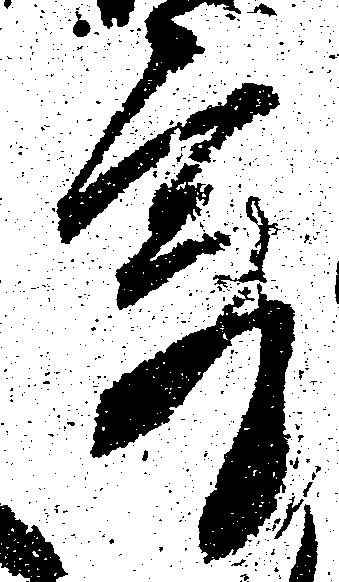
寄